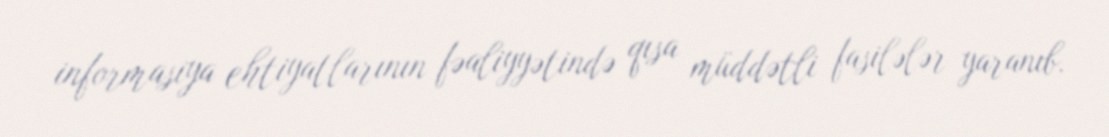
informasiya ehtiyatlarının fəaliyyətində qısa müddətli fasilələr yaranıb.